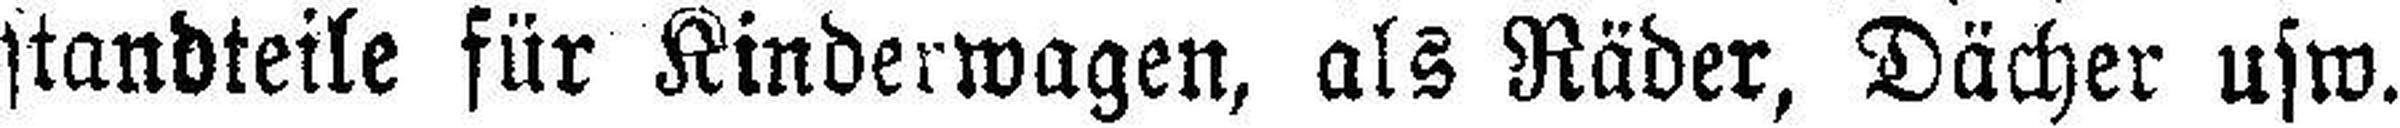
standteile für Kinderwagen, als Räder, Dächer usw.